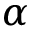
\alpha